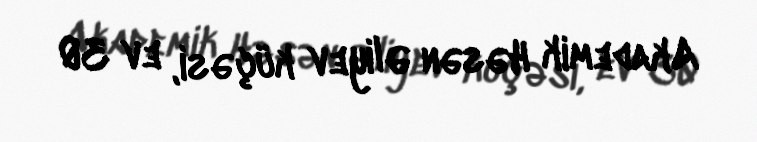
Akademik Həsən Əliyev küçəsi, ev 30